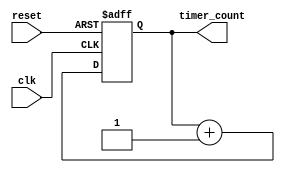
module RTC_Timer (
    input wire clk,  // system clock input
    input wire reset,   // reset signal
    output reg [31:0] timer_count  // output timer count
);

reg [31:0] internal_timer;

always @(posedge clk or posedge reset) begin
    if (reset) begin
        internal_timer <= 32'b0;
    end else begin
        internal_timer <= internal_timer + 32'b1;  // increment timer count every clock cycle
    end
end

assign timer_count = internal_timer;

endmodule